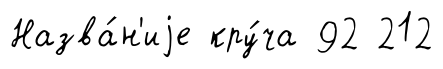
Назва́н'иjе кру́ча 92 212